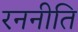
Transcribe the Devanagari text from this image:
रननीति